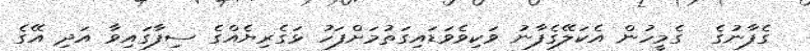
ގެފާނުގެ  ގެމީހުން އެކަލޭގެފާނު ވަކިވެވަޑައިގަތުމަށްފަހު ޅަގެރިޔެއްގެ ސިފާގައިވާ އަދި އޭގެ